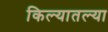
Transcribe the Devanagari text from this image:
किल्यातल्या